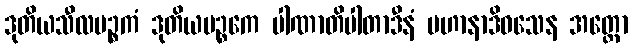
ဒုတိယသီလပဉ္စကံ ဒုတိယပဉ္စကေ ပါဏာတိပါတာဒီနံ ပဟာနာဒိဝသေန အတ္ထော